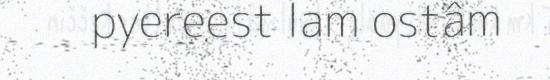
pyereest lam ostâm